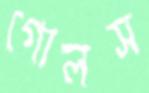
গোলস